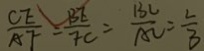
\frac { C E } { A F } = \frac { B E } { F C } = \frac { B C } { A C } = \frac { 2 } { 3 }